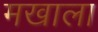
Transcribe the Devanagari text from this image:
मखाला